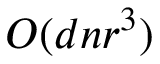
O ( d n r ^ { 3 } )